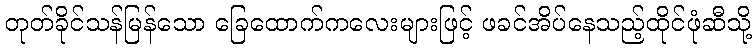
တုတ်ခိုင်သန်မြန်သော ခြေထောက်ကလေးများဖြင့် ဖခင်အိပ်နေသည့်ထိုင်ဖုံဆီသို့